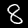
Digit: 8